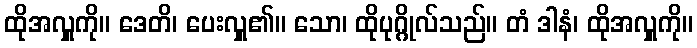
ထိုအလှူကို။ ဒေတိ၊ ပေးလှူ၏။ သော၊ ထိုပုဂ္ဂိုလ်သည်။ တံ ဒါနံ၊ ထိုအလှူကို။